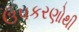
ઉપકરણોથી